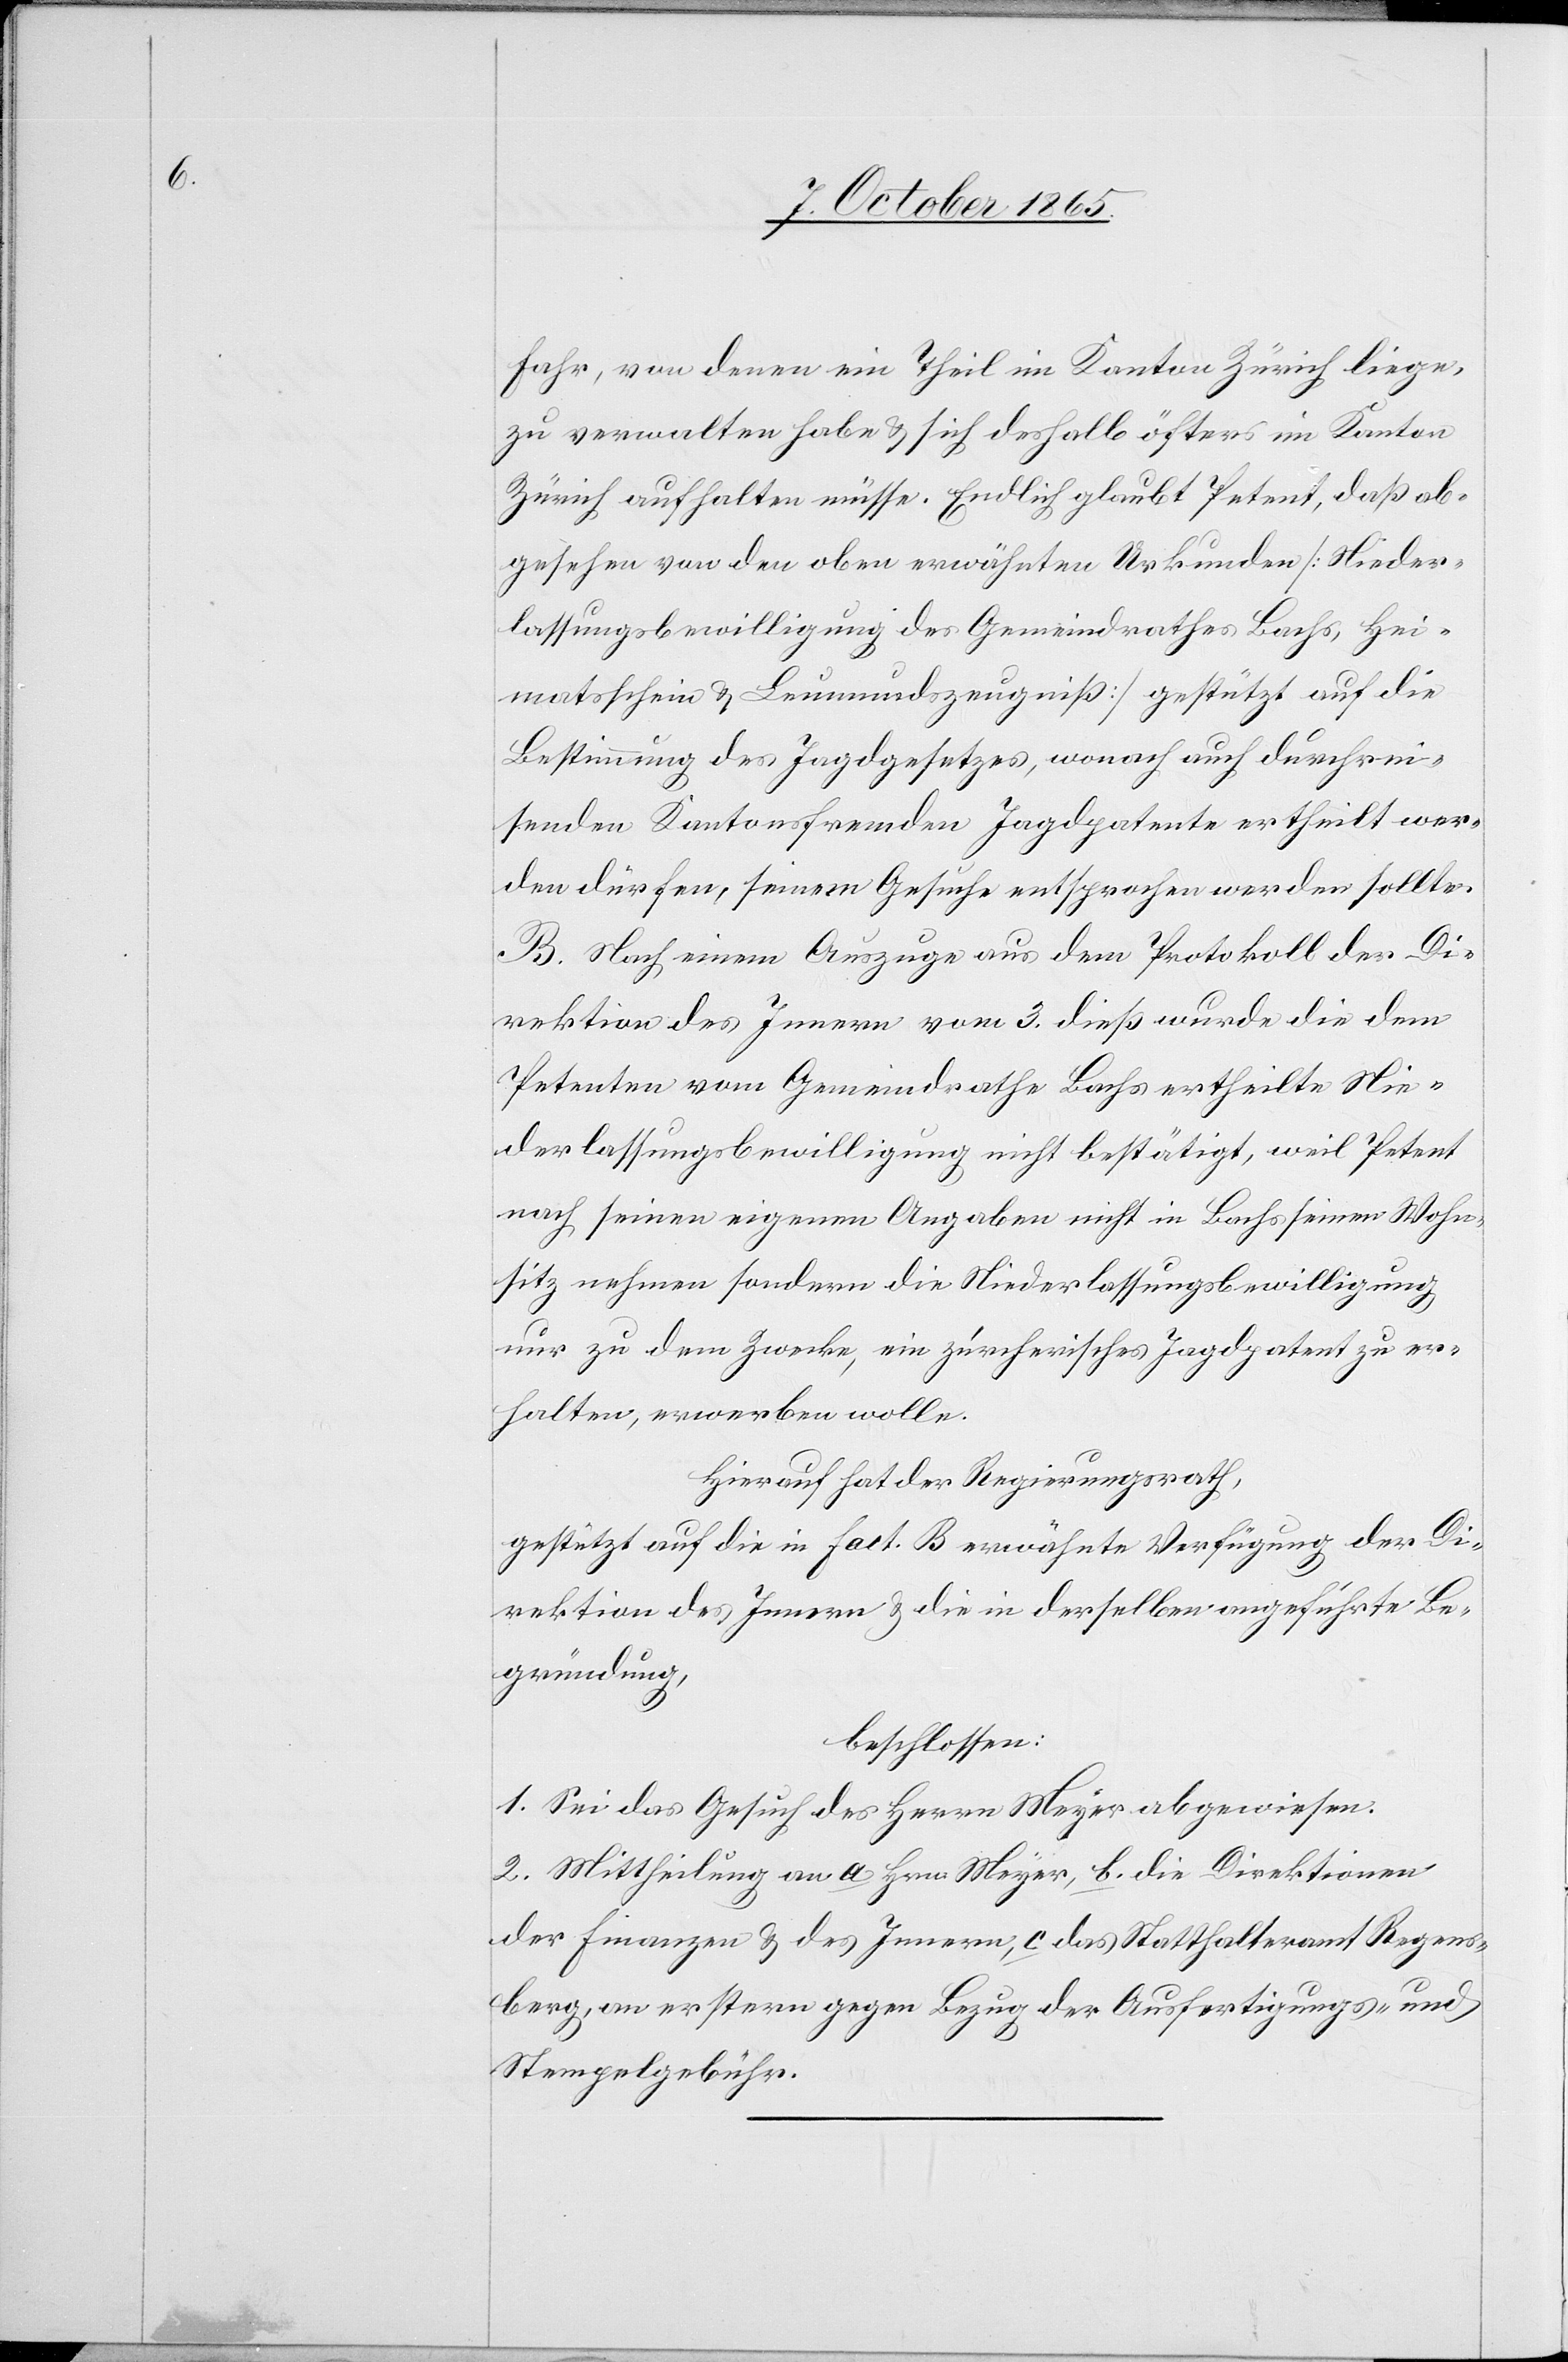
Fahr, von denen ein Theil im Kanton Zürich liege,
zu verwalten habe & sich deshalb öfters im Kanton
Zürich aufhalten müsse. Endlich glaubt Petent, daß ab¬
gesehen von den oben erwähnten Urkunden [Nieder¬
lassungsbewilligung des Gemeindrathes Bachs, Hei¬
matsschein & Leumundszeugniß] gestützt auf die
Bestimmung des Jagdgesetzes, wonach auch durchrei¬
senden Kantonsfremden Jagdpatente ertheilt wer¬
den dürfen, seinem Gesuche entsprochen werden sollte.
B. Nach einem Auszuge aus dem Protokoll der Di¬
rektion des Innern vom 3. dieß wurde die dem
Petenten vom Gemeindrathe Bachs ertheilte Nie¬
derlassungsbewilligung nicht bestätigt, weil Petent
nach seinen eigenen Angaben nicht in Bachs seinen Wohn¬
sitz nehmen sondern die Niederlassungsbewilligun¬
g zu dem Zwecke, ein zürcherisches Jagdpatent zu er¬
halten, erwerben wolle.
Hierauf hat der Regierungsrath,
gestützt auf die in Fact. B erwähnte Verfügung der Di¬
rektion des Innern & die in derselben angeführte Be¬
gründung,
beschlossen:
1. Sei das Gesuch des Herrn Meyer abgewiesen.
2. Mittheilung an a. Hrn. Meyer, b. die Direktionen
der Finanzen & des Innern, c. das Statthalteramt Regens¬
berg, an erstern gegen Bezug der Ausfertigungs- und
Stempelgebühren.